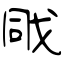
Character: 戙